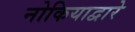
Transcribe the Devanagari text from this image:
नोकियाद्वारे